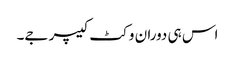
اس ہی دوران وکٹ کیپر جے۔